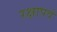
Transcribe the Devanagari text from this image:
रक्षापर्व